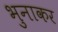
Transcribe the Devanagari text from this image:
भुनाकर